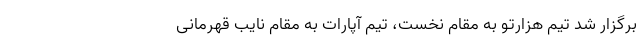
برگزار شد تیم هزارتو به مقام نخست، تیم آپارات به مقام نایب قهرمانی